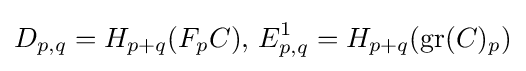
D_{p,q}=H_{p+q}(F_{p}C),\,E_{p,q}^{1}=H_{p+q}(\operatorname {gr} (C)_{p})